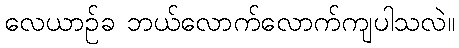
လေယာဉ်ခ ဘယ်လောက်လောက်ကျပါသလဲ။